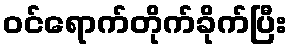
ဝင်ရောက်တိုက်ခိုက်ပြီး